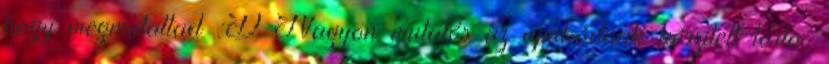
hogy megmutattad :D Nagyon mutatós az apukádnak készített torta,